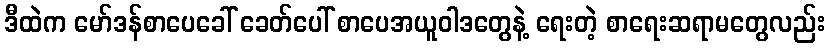
ဒီထဲက မော်ဒန်စာပေခေါ် ခေတ်ပေါ် စာပေအယူဝါဒတွေနဲ့ ရေးတဲ့ စာရေးဆရာမတွေလည်း